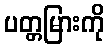
ပတ္တမြားကို